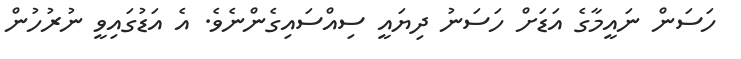
ހަސަން ނައީމާގެ އަޑަށް ހަސަނު ދިޔައީ ސިއްސައިގެންނެވެ. އެ އަޑުގައިވީ ނުރުހުން